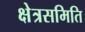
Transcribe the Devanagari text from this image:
क्षेत्रसमिति